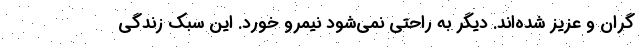
گران و عزیز شده‌اند. دیگر به راحتی نمی‌شود نیمرو خورد. این سبک زندگی